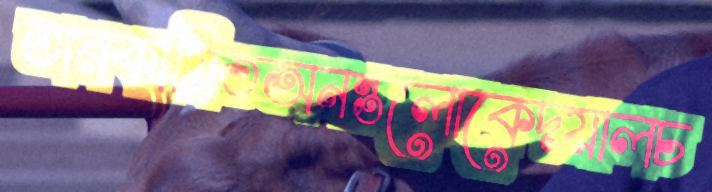
তারকায়িতঅনন্তলোকেদয়ালচ